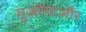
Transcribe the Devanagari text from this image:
गुजरेगाऔर